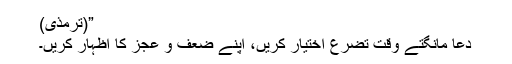
”(ترمذی)
دعا مانگتے وقت تضرع اختیار کریں، اپنے ضعف و عجز کا اظہار کریں۔